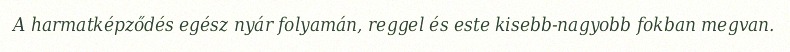
A harmatképződés egész nyár folyamán, reggel és este kisebb-nagyobb fokban megvan.